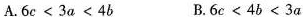
A.6c<3a<4b B.6c < 4b<3a